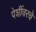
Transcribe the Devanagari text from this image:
पेशींवरचे